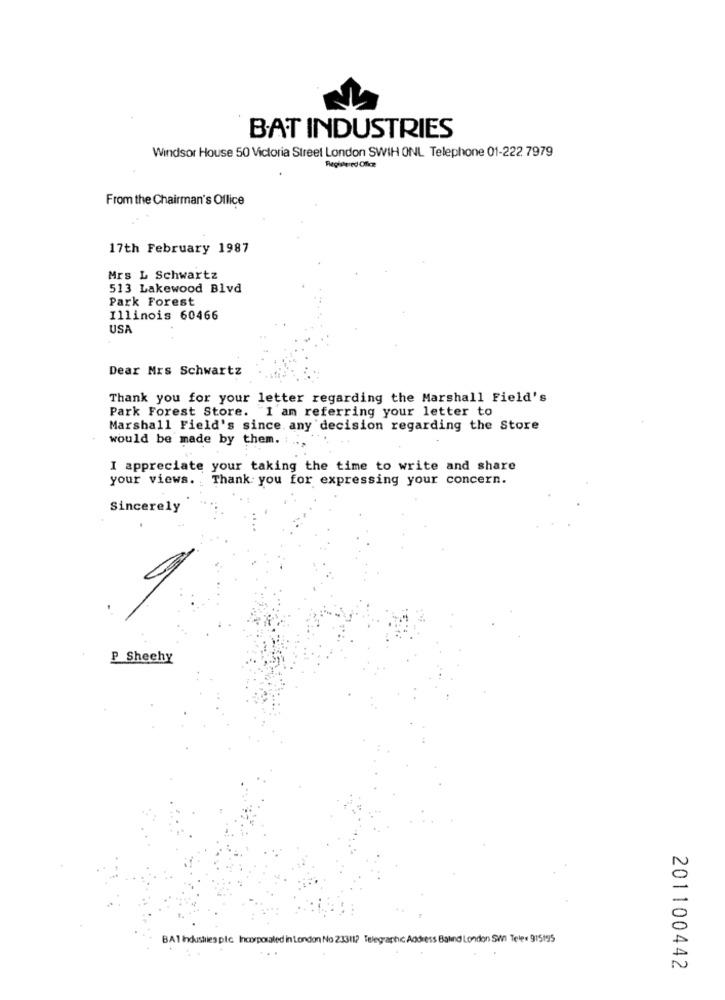
BAT INDUSTRIES
Windsor House 50 Victoria Street London SWIH ONL Telephone 01-222 7979
From the Chairman's Oflice
17th February 1987
Mrs L Schwartz
513 Lakewood Blvd
Park Forest
Illinois 60466
US
Dear Mrs Schwartz
Thank you for your letter regarding the Marshall Field's
Park Forest Store. I am referring your letter to
Marshall Field's since. any decision regarding the Store
would be made by them. ..
I appreciate your taking the time to write and share
your views. Thank you for expressing your concern.
Sincerely
P Sheehy
N
BA1 Industies pic Incorporated in London No 23311? Telegraphc Address Balind London SWl Teler 915195
N
201100442